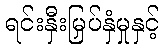
ရင်းနှီးမြှပ်နှံမှုနှင့်